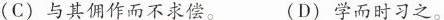
(C)与其佣作而不求偿。 (D)学而时习之。